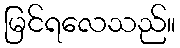
မြင်ရလေသည်။